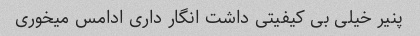
پنیر خیلی بی کیفیتی داشت انگار داری ادامس میخوری